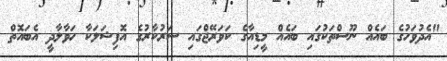
"އެދުވަހުގެ ބައެއް ނޫސްތަކުގައި ބައެއް މީޑިއާގެ ކަވަރޭޖްގައި ސަރުކާރުގެ އޮފިޝަލަކާ ހަވާލާދީ އެބައޮތް